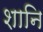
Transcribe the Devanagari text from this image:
शानि